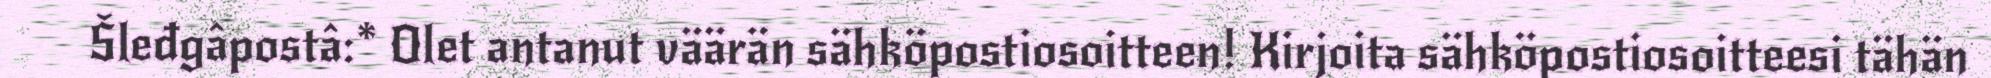
Šleđgâpostâ:* Olet antanut väärän sähköpostiosoitteen! Kirjoita sähköpostiosoitteesi tähän